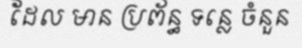
ដែល មាន ប្រព័ន្ធ ទន្លេ ចំនួន